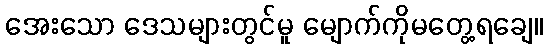
အေးသော ဒေသများတွင်မူ မျောက်ကိုမတွေ့ရချေ။